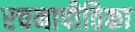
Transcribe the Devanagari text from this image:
रचनापीठिका